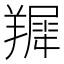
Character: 𦎾